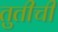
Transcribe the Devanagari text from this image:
तुतीची